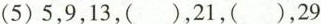
(5)5，9，13，()，21，()，29